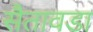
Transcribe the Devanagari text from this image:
सैतावडा